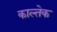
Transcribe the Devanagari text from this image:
काल्तेक